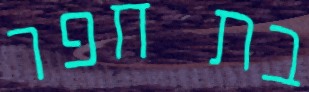
בת חפר